Report on the cultivation and use of ganja
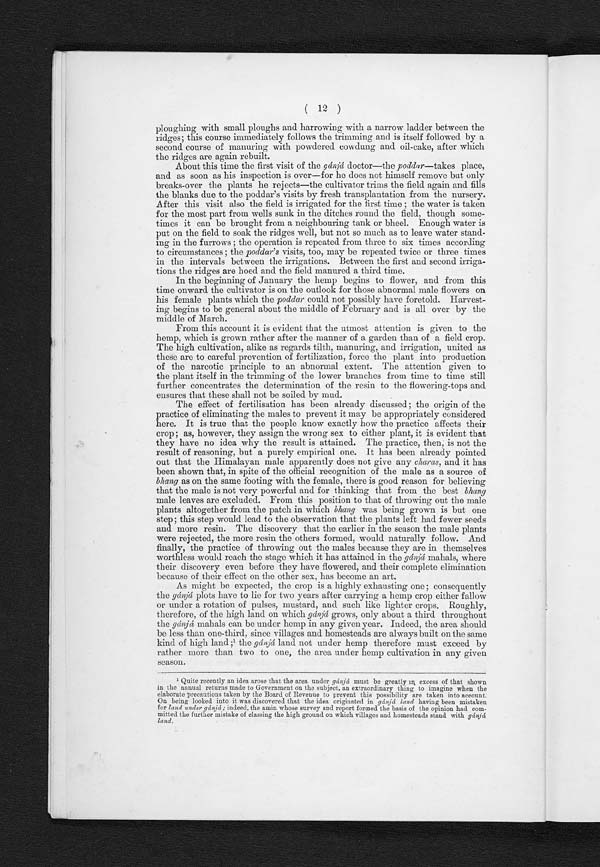
(12)
ploughing with small ploughs and harrowing with a narrow ladder between the
ridges; this course immediately follows the trimming and is itself followed by a
second course of manuring with powdered cowdung and oil-cake, after which
the ridges are again rebuilt.
About this time the first visit of the gánjá doctor—the poddar—takes place,
and as soon as his inspection is over—for he does not himself remove but only
breaks-over the plants he rejects—the cultivator trims the field again and fills
the blanks due to the poddar's visits by fresh transplantation from the nursery.
After this visit also the field is irrigated for the first time ; the water is taken
for the most part from wells sunk in the ditches round the field, though some-
times it can be brought from a neighbouring tank or bheel. Enough water is
put on the field to soak the ridges well, but not so much as to leave water stand-
ing in the furrows ; the operation is repeated from three to six times according
to circumstances ; the poddar's visits, too, may be repeated twice or three times
in the intervals between the irrigations. Between the first and second irriga-
tions the ridges are hoed and the field manured a third time.
In the beginning of January the hemp begins to flower, and from this
time onward the cultivator is on the outlook for those abnormal male flowers on
his female plants which the poddar could not possibly have foretold. Harvest-
ing begins to be general about the middle of February and is all over by the
middle of March.
From this account it is evident that the utmost attention is given to the
hemp, which is grown rather after the manner of a garden than of a field crop.
The high cultivation, alike as regards tilth, manuring, and irrigation, united as
these are to careful prevention of fertilization, force the plant into production
of the narcotic principle to an abnormal extent. The attention given to
the plant itself in the trimming of the lower branches from time to time still
further concentrates the determination of the resin to the flowering-tops and
ensures that these shall not be soiled by mud.
The effect of fertilisation has been already discussed ; the origin of the
practice of eliminating the males to prevent it may be appropriately considered
here. It is true that the people know exactly how the practice affects their
crop ; as, however, they assign the wrong sex to either plant, it is evident that
they have no idea why the result is attained. The practice, then, is not the
result of reasoning, but a purely empirical one. It has been already pointed
out that the Himalayan male apparently does not give any charas, and it has
been shown that, in spite of the official recognition of the male as a source of
bhang as on the same footing with the female, there is good reason for believing
that the male is not very powerful and for thinking that from the best bhang
male leaves are excluded. From this position to that of throwing out the male
plants altogether from the patch in which bhang was being grown is but one
step; this step would lead to the observation that the plants left had fewer seeds
and more resin. The discovery that the earlier in the season the male plants
were rejected, the more resin the others formed, would naturally follow. And
finally, the practice of throwing out the males because they are in themselves
worthless would reach the stage which it has attained in the gánj ám a h a l s , w h e r e
their discovery even before they have flowered, and their complete elimination
because of their effect on the other sex, has become an art.
As might be expected, the crop is a highly exhausting one ; consequently
the gánjá plots have to lie for two years after carrying a hemp crop either fallow
or under a rotation of pulses, mustard, and such like lighter crops. Roughly,
therefore, of the high land on which gánjá grows, only about a third throughout
the gánjá mahals can be under hemp in any given year. Indeed, the area should
be less than one-third, since villages and homesteads are always built on the same
kind of high land ;1 t h e
g á n j á
l a n d n o t u n d e r h e m p t h e r e f o r e m u s t e x c e e d b y
rather more than two to one, the area under hemp cultivation in any given
season.
1
Quite recently an idea arose that the area under gánjá must be greatly in excess of that shown
in the annual returns made to Government on the subject, an extraordinary thing to imagine when the
elaborate precautions taken by the Board of Revenue to prevent this possibility are taken into account.
On being looked into it was discovered that the idea originated in gánjá land having been mistaken
for land under gánjá ; indeed, the amin whose survey and report formed the basis of the opinion had com-
mitted the further mistake of classing the high ground on which villages and homesteads stand with gánjá
land.